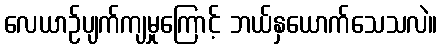
လေယာဉ်ပျက်ကျမှုကြောင့် ဘယ်နှယောက်သေသလဲ။